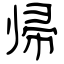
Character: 帰